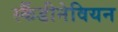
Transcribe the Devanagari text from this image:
स्कैंडीनेवियन